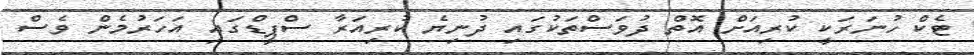
ޓެކް ހުނަރަކީ ކުރިއަށް އޮތް ދުވަސްތަކުގައި ދުނިޔެ ކުރިއަރާ ސްޕީޑްގައި އަހަރުމެން ވެސް